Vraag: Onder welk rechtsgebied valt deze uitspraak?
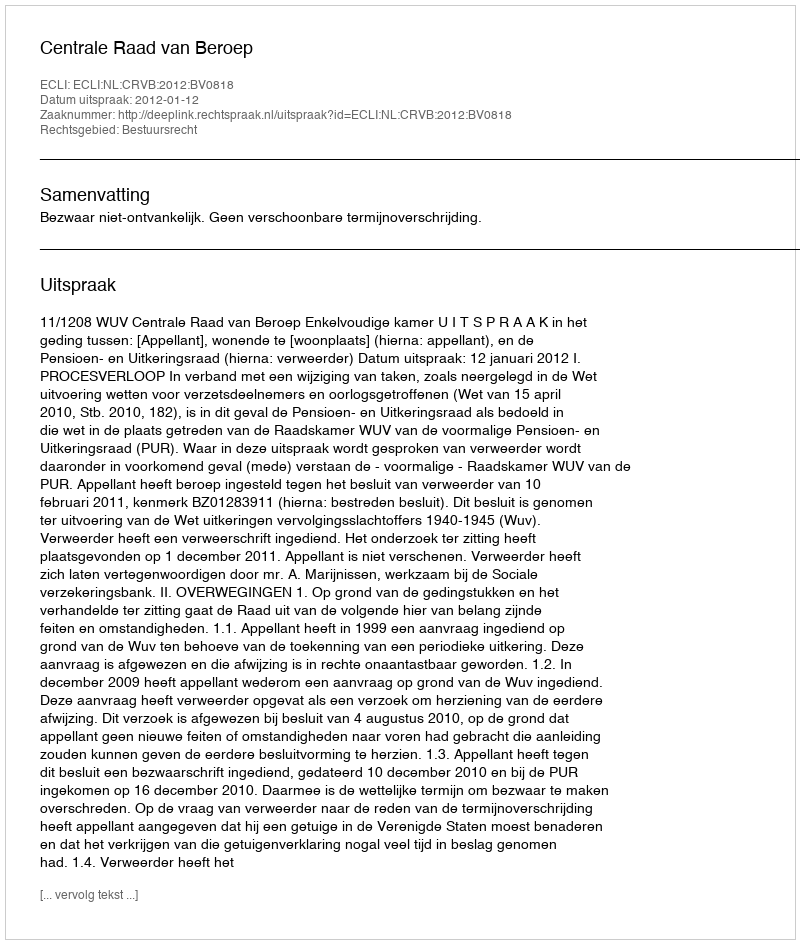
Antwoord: Bestuursrecht